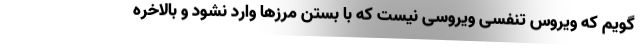
گویم که ویروس تنفسی ویروسی نیست که با بستن مرزها وارد نشود و بالاخره